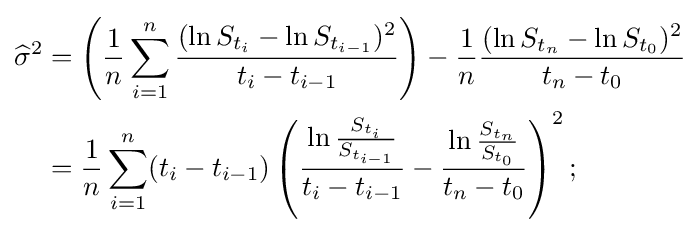
{\begin{aligned}{\widehat {\sigma }}^{2}&=\left({\frac {1}{n}}\sum _{i=1}^{n}{\frac {(\ln S_{t_{i}}-\ln S_{t_{i-1}})^{2}}{t_{i}-t_{i-1}}}\right)-{\frac {1}{n}}{\frac {(\ln S_{t_{n}}-\ln S_{t_{0}})^{2}}{t_{n}-t_{0}}}\\&={\frac {1}{n}}\sum _{i=1}^{n}(t_{i}-t_{i-1})\left({\frac {\ln {\frac {S_{t_{i}}}{S_{t_{i-1}}}}}{t_{i}-t_{i-1}}}-{\frac {\ln {\frac {S_{t_{n}}}{S_{t_{0}}}}}{t_{n}-t_{0}}}\right)^{2};\end{aligned}}